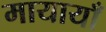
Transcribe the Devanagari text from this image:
मायायाँ